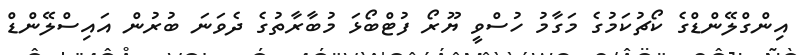
އިންގްލޭންޑްގެ ކޯޗުކަމުގެ މަގާމު ހުސްވީ ޔޫރޯ ފުޓްބޯޅަ މުބާރާތުގެ ދެވަނަ ބުރުން އައިސްލޭންޑް